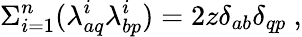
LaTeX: \Sigma_{i=1}^{n}(\lambda_{aq}^{i}\lambda_{bp}^{i})=2z\delta_{ab}\delta_{qp}\ ,